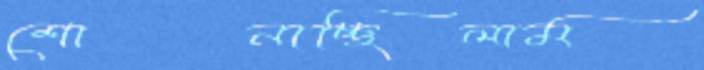
শোনাচ্ছিলাম